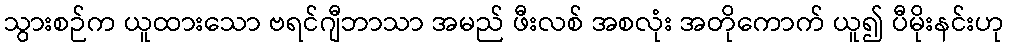
သွားစဉ်က ယူထားသော ဗရင်ဂျီဘာသာ အမည် ဖီးလစ် အစလုံး အတိုကောက် ယူ၍ ပီမိုးနင်းဟု